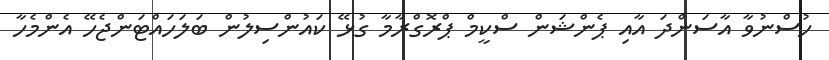
ހުސްނުވާ އާސަންދަ އާއި ޕެންޝަން ސްކީމް ޕްރޮގްރާމާ ގުޅޭ ކައުންސިލުން ބަލަހައްޓަންޖެހޭ އެންމެހާ